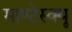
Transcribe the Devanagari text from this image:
माण्टेस्क्यू